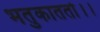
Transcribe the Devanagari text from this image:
भतुकाततो।।